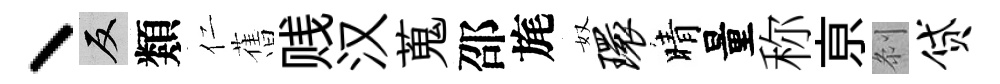
丶反類仁𦾔贱汉蒐邵旄奴环晴量称亰𠛴贷